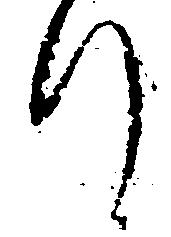
行